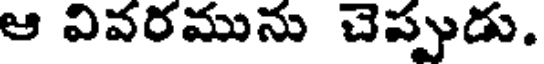
ఆ వివరమును చెప్పుడు.